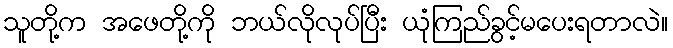
သူတို့က အဖေတို့ကို ဘယ်လိုလုပ်ပြီး ယုံကြည်ခွင့်မပေးရတာလဲ။